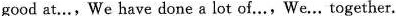
good at…, We have done a lot of…,We... Together.